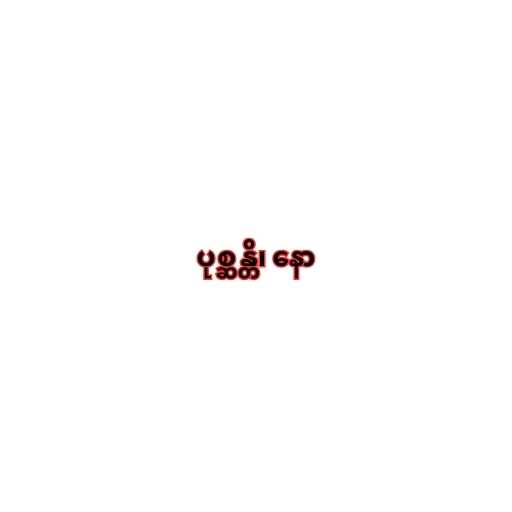
ပုစ္ဆန္တိ၊ နော